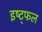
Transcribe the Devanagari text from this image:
इष्ट्फल